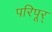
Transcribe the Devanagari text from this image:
परिपूर्